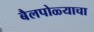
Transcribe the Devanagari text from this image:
बैलपोळ्याचा